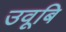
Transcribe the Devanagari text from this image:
उवूबि